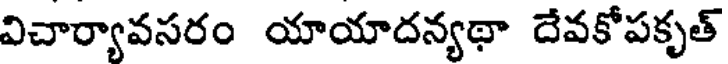
విచార్యావసరం యాయాదన్యథా దేవకోపకృత్